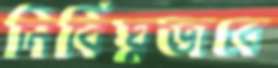
নির্বিঘ্নভাবে